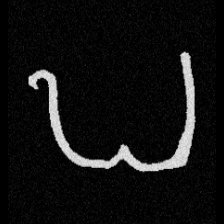
Pyu character \u2014 Myanmar letter: ဎ (romanized: ddha)